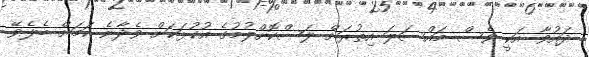
ދައުވާ އަކީ ވެސް މައްސަލަ އިތުރަށް ލަސްކޮށްލުމުގެ އުކުޅަކަށް ވެދާނެ ކަމަށް ބެލެވޭ